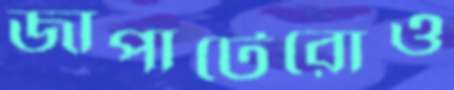
জাপাটেরোও